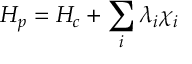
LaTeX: H _ { p } = H _ { c } + \sum _ { i } \lambda _ { i } \chi _ { i }